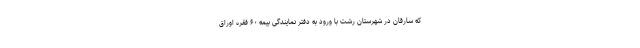
که سارقان در شهرستان رشت با ورود به دفتر نمایندگی بیمه ۶۰ فقره اوراق